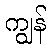
ကျွန်